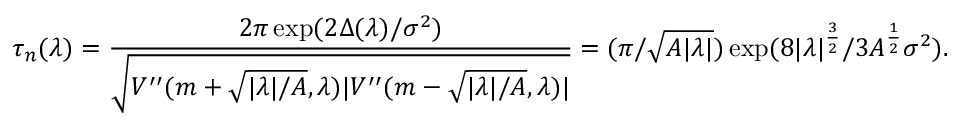
\tau _ { n } ( \lambda ) = \frac { 2 \pi \exp ( 2 \Delta ( \lambda ) / \sigma ^ { 2 } ) } { \sqrt { V ^ { \prime \prime } ( m + \sqrt { | \lambda | / A } , \lambda ) | V ^ { \prime \prime } ( m - \sqrt { | \lambda | / A } , \lambda ) | } } = ( \pi / \sqrt { A | \lambda | } ) \exp ( 8 | \lambda | ^ { \frac { 3 } { 2 } } / 3 A ^ { \frac 1 2 } \sigma ^ { 2 } ) .